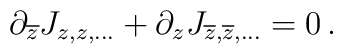
\partial _{\overline{z}}J_{z,z,...}+\partial _{z}J_{\overline{z},\overline{z},...}=0 \,.